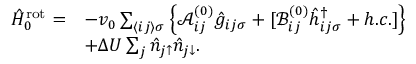
\begin{array} { r l } { \hat { H } _ { 0 } ^ { \mathrm { r o t } } = } & { - v _ { 0 } \sum _ { \langle i j \rangle \sigma } \left\{ \mathcal { A } _ { i j } ^ { ( 0 ) } \hat { g } _ { i j \sigma } + [ \mathcal { B } _ { i j } ^ { ( 0 ) } \hat { h } _ { i j \sigma } ^ { \dagger } + h . c . ] \right\} } \\ & { + \Delta U \sum _ { j } \hat { n } _ { j \uparrow } \hat { n } _ { j \downarrow } . } \end{array}